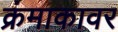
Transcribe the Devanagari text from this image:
क्रंमाकावर